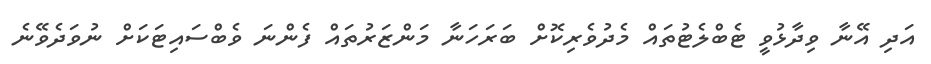
އަދި އޭނާ ވިދާޅުވީ ޓެބްލެޓުތައް މެދުވެރިކޮށް ބަރަހަނާ މަންޒަރުތައް ފެންނަ ވެބްސައިޓަކަށް ނުވަދެވޭނެ